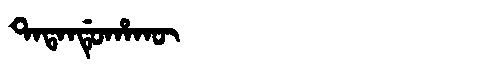
Manchu: ᡨᠠᡨᠠᠨᡩᡠᡥᠠᡴᡡ
Romanization: TATANDUHAKŪ